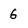
Character: 6